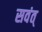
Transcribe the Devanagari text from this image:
सवंत्‌